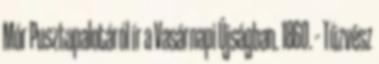
Mór Pusztapalotáról ír a Vasárnapi Újságban. 1860. – Tűzvész